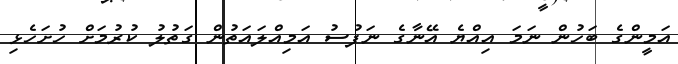
އަމީންގެ ބަހުން ނަމަ އިއްޔެ އޭނާގެ ނަފުސު އަމިއްލައަތުން ގަތުލު ކުރުމަށް ހުށަހެޅި